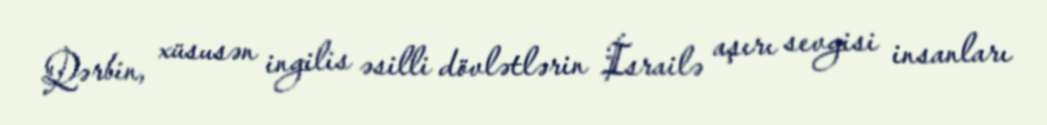
Qərbin, xüsusən ingilis əsilli dövlətlərin İsrailə aşırı sevgisi insanları